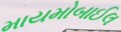
માયમોબાઈલ